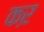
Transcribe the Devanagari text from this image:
कऱ